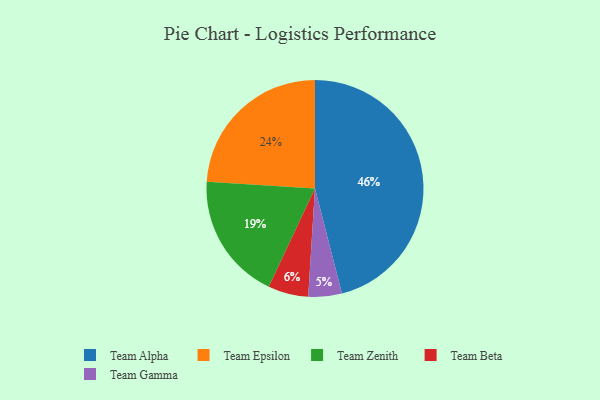
{"axis": {"x": "Category", "y": "Percentage"}, "legend": ["Team Alpha", "Team Beta", "Team Epsilon", "Team Gamma", "Team Zenith"], "data": [{"x": "Team Gamma", "y": 5, "type": "Team Gamma"}, {"x": "Team Alpha", "y": 46, "type": "Team Alpha"}, {"x": "Team Zenith", "y": 19, "type": "Team Zenith"}, {"x": "Team Beta", "y": 6, "type": "Team Beta"}, {"x": "Team Epsilon", "y": 24, "type": "Team Epsilon"}]}